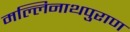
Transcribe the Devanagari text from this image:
मल्लिनाथपुराण